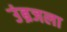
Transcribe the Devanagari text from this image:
उंब्रजला